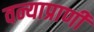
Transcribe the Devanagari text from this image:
वन्याप्राणी